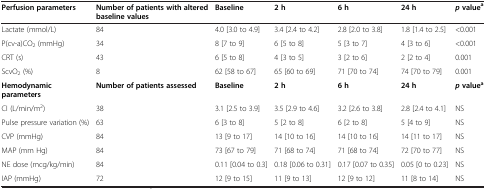
<table><thead><tr><td><b>Perfusion parameters</b></td><td><b>Number of patients with altered baseline values</b></td><td><b>Baseline</b></td><td><b>2 h</b></td><td><b>6 h</b></td><td><b>24 h</b></td><td><b><i>p</i>value<sup>a</sup></b></td></tr></thead><tbody><tr><td>Lactate (mmol/L)</td><td>84</td><td>4.0 [3.0 to 4.9]</td><td>3.4 [2.4 to 4.2]</td><td>2.8 [2.0 to 3.8]</td><td>1.8 [1.4 to 2.5]</td><td>&lt;0.001</td></tr><tr><td>P(cv-a)CO<sub>2</sub> (mmHg)</td><td>34</td><td>8 [7 to 9]</td><td>6 [5 to 8]</td><td>5 [3 to 7]</td><td>4 [3 to 6]</td><td>&lt;0.001</td></tr><tr><td>CRT (s)</td><td>43</td><td>6 [5 to 8]</td><td>4 [3 to 5]</td><td>3 [2 to 6]</td><td>2 [2 to 4]</td><td>0.001</td></tr><tr><td>ScvO<sub>2</sub> (%)</td><td>8</td><td>62 [58 to 67]</td><td>65 [60 to 69]</td><td>71 [70 to 74]</td><td>74 [70 to 79]</td><td>0.001</td></tr><tr><td><b>Hemodynamic parameters</b></td><td><b>Number of patients assessed</b></td><td><b>Baseline</b></td><td><b>2 h</b></td><td><b>6 h</b></td><td><b>24 h</b></td><td><b><i>p</i></b><b>value</b><sup><b>a</b></sup></td></tr><tr><td>CI (L/min/m<sup>2</sup>)</td><td>38</td><td>3.1 [2.5 to 3.9]</td><td>3.5 [2.9 to 4.6]</td><td>3.2 [2.6 to 3.8]</td><td>2.8 [2.4 to 4.1]</td><td>NS</td></tr><tr><td>Pulse pressure variation (%)</td><td>63</td><td>6 [3 to 8]</td><td>5 [2 to 8]</td><td>6 [2 to 8]</td><td>5 [4 to 9]</td><td>NS</td></tr><tr><td>CVP (mmHg)</td><td>84</td><td>13 [9 to 17]</td><td>14 [10 to 16]</td><td>14 [10 to 16]</td><td>14 [11 to 17]</td><td>NS</td></tr><tr><td>MAP (mm Hg)</td><td>84</td><td>73 [67 to 79]</td><td>71 [68 to 74]</td><td>71 [68 to 74]</td><td>72 [70 to 77]</td><td>NS</td></tr><tr><td>NE dose (mcg/kg/min)</td><td>84</td><td>0.11 [0.04 to 0.3]</td><td>0.18 [0.06 to 0.31]</td><td>0.17 [0.07 to 0.35]</td><td>0.05 [0 to 0.23]</td><td>NS</td></tr><tr><td>IAP (mmHg)</td><td>72</td><td>12 [9 to 15]</td><td>11 [9 to 13]</td><td>12 [9 to 12]</td><td>11 [8 to 14]</td><td>NS</td></tr></tbody></table>